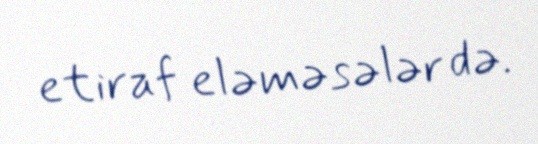
etiraf eləməsələr də.